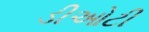
ડીઓટી